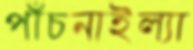
পাঁচনাইল্যা